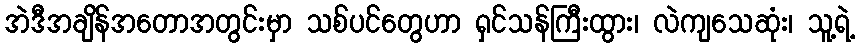
အဲဒီအချိန်အတောအတွင်းမှာ သစ်ပင်တွေဟာ ရှင်သန်ကြီးထွား၊ လဲကျသေဆုံး၊ သူ့ရဲ့